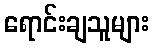
ရောင်းချသူများ